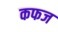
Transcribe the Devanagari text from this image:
कफज